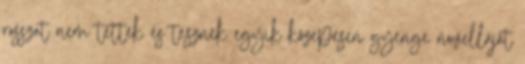
rosszat nem tettek és tesznek egyik közepesen gyenge novelláját